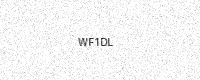
Text: WF1DL